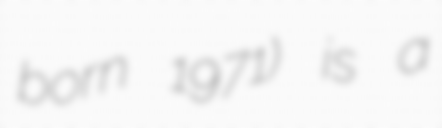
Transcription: born 1971) is a